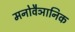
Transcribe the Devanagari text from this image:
मनोवैञानिक